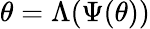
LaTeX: \theta=\Lambda(\Psi(\theta))